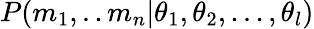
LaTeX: P(m_{1},..m_{n}|\theta_{1},\theta_{2},...,\theta_{l})